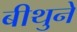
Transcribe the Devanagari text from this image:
बीथुने